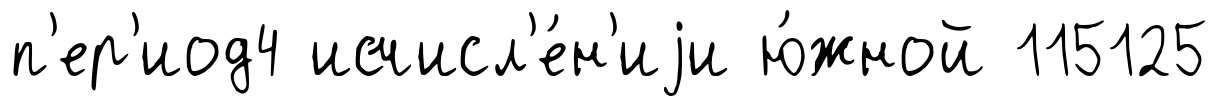
п'ер'иод4 исчисл'е́н'иjи ю́жной 115125